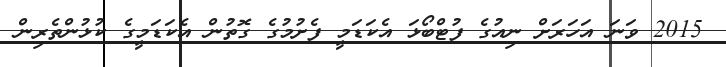
2015 ވަނަ އަހަރަށް ނިއުގެ ފުޓްބޯޅަ އެކަަޑަމީ ފެށުމުގެ ގޮތުން އެކަޑަމީގެ ކުޅުންތެރިން